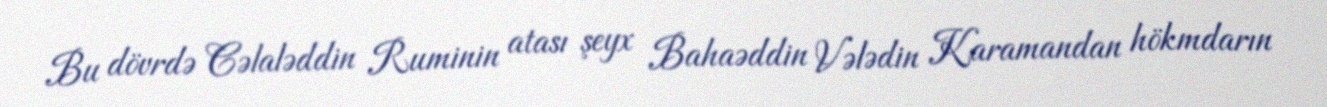
Bu dövrdə Cəlaləddin Ruminin atası şeyx Bahaəddin Vələdin Karamandan hökmdarın